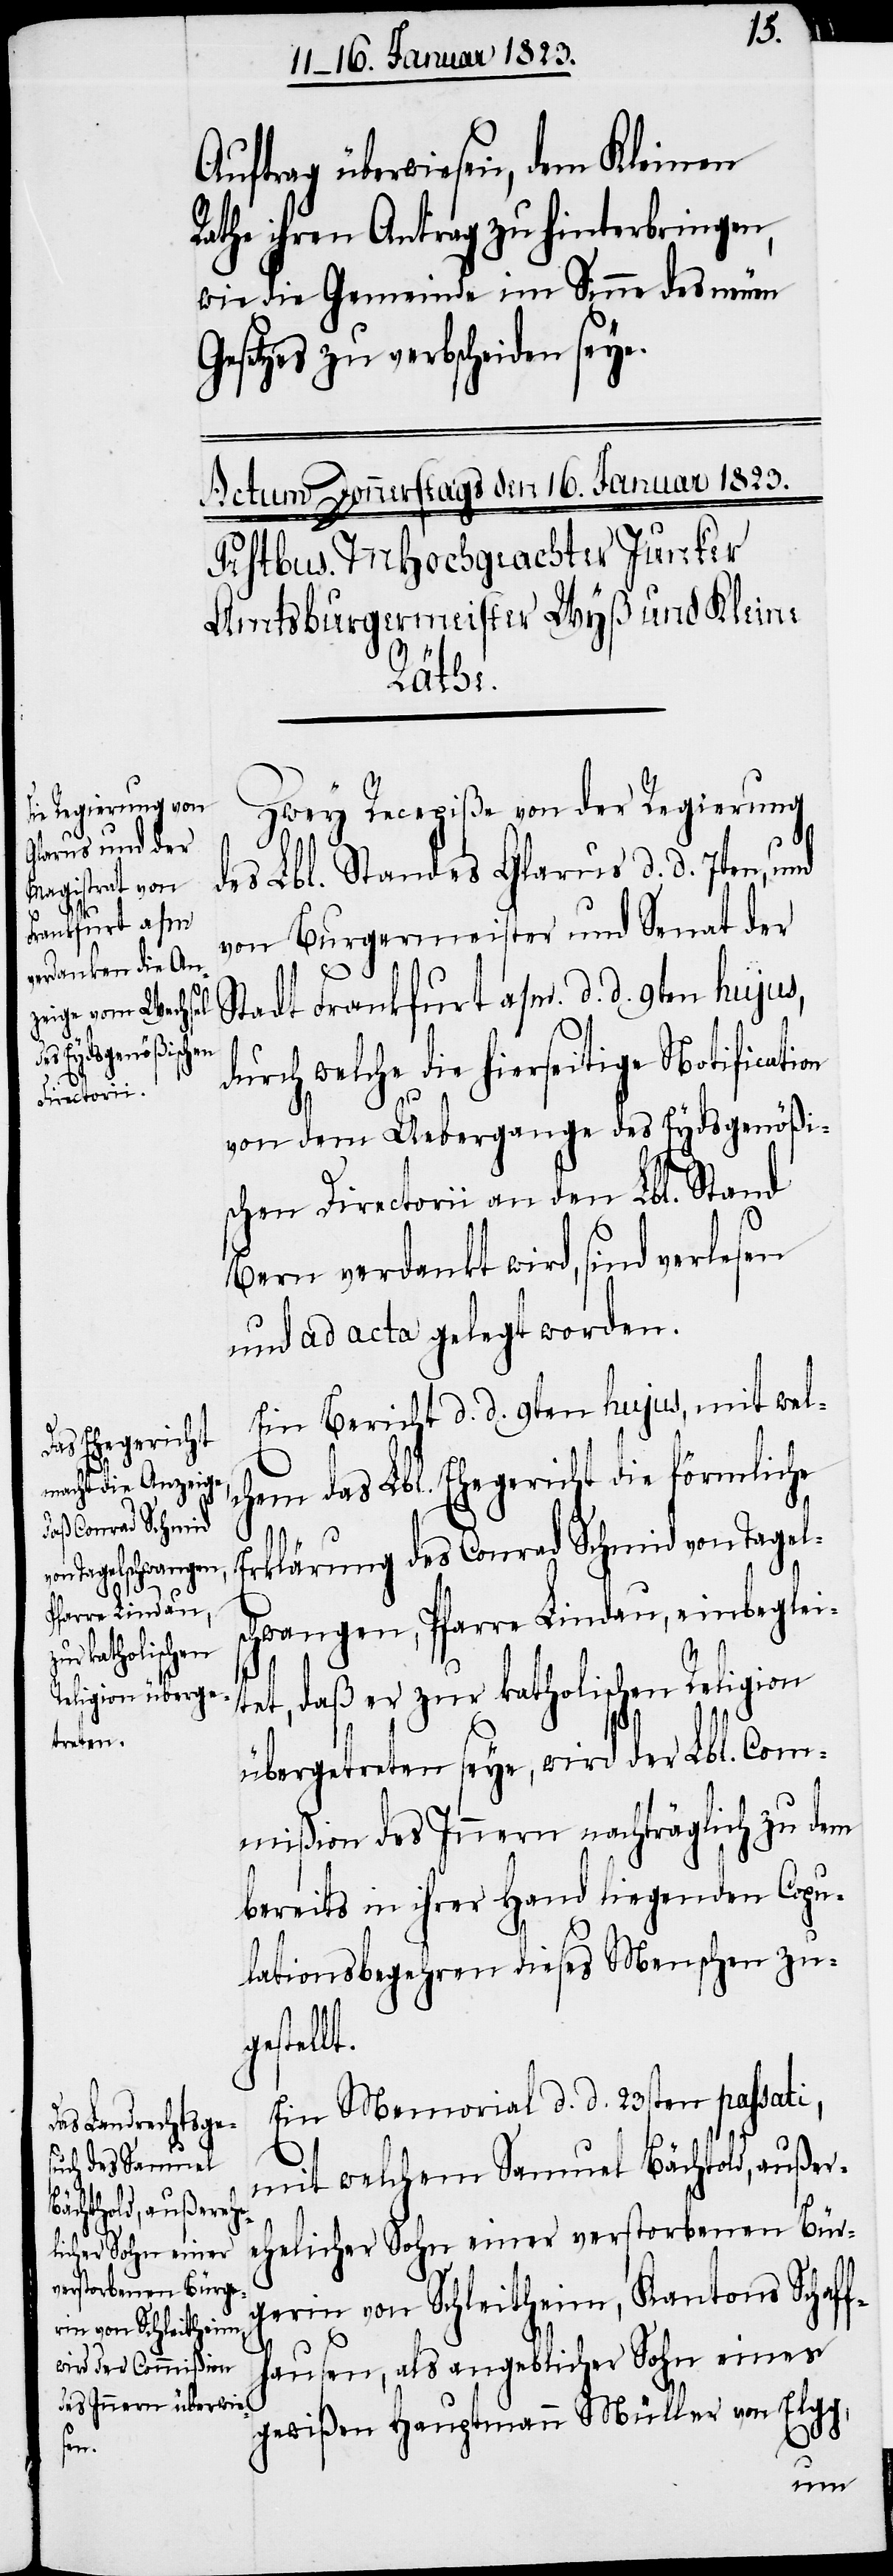
Auftrag überwiesen, dem Kleinen
Rathe ihren Antrag zu hinterbringen,
wie die Gemeinde im Sinne des neuen
Gesetzes zu verbscheiden seye.
schw¬
Zwey Recepiße von der Regierung
des Lbl. Standes Glarus d. d. 7ten, und
von Burgermeister und Senat der
Stadt Frankfurt a/m. d. d. 9ten hujus,
durch welche die hierseitige Notificati¬
von dem Uebergange des Eydsgenößi¬
schen Directorii an den Lbl. Stand
Bern verdankt wird, sind verlesen
und ad acta gelegt worden.
Ein Bericht d. d. 9ten hujus, mit wel¬
chem das Lbl. Ehegericht die förmliche
Erklärung des Conrad Schmid von Tagel¬
angen, Pfarre Lindau, einbeglei¬
tet, daß er zur katholischen Religion
übergetreten seye, wird der Lbl. Com¬
mißion des Innern nachträglich zu dem
bereits in ihrer Hand liegenden Copu¬
lationsbegehren dieses Menschen zug¬
estellt.
Ein Memorial d. d. 23sten passati,
mit welchem Samuel Bächtold, außer¬
ehelicher Sohn einer verstorbenen Bür¬
gerin von Schleitheim, Kantons Schaff¬
hausen, als angeblicher Sohn eines
gewißen Hauptmann Müller von Elgg,
on